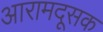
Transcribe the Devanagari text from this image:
आरामदूसक